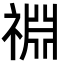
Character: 䄗